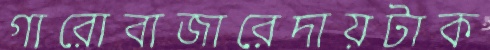
গারোবাজারেদায়টাক